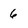
Character: 6